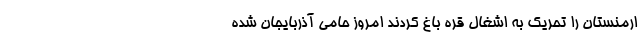
ارمنستان را تحریک به اشغال قره باغ کردند امروز حامی آذربایجان شده